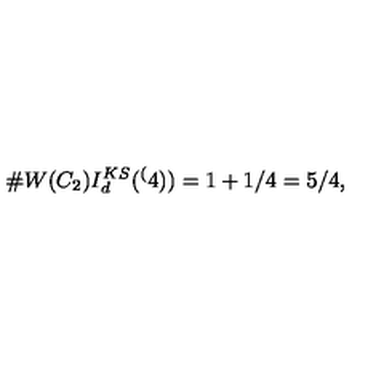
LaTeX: \# W ( C _ { 2 } ) I _ { d } ^ { K S } ( \sp ( 4 ) ) = 1 + 1 / 4 = 5 / 4 ,